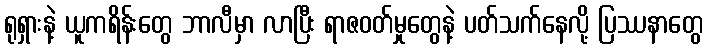
ရုရှားနဲ့ ယူကရိန်းတွေ ဘာလီမှာ လာပြီး ရာဇဝတ်မှုတွေနဲ့ ပတ်သက်နေလို့ ပြဿနာတွေ